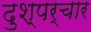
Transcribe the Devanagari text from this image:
दुश्पर्चार